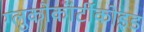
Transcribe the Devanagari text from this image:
ग्लुकोकॉर्टीकोइड